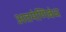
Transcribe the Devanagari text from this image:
अतमंणिबंध